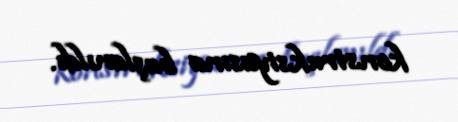
konstruksiyasına başlanıldı.